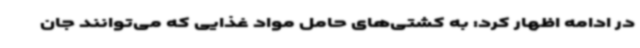
در ادامه اظهار کرد: به کشتی‌های حامل مواد غذایی که می‌توانند جان